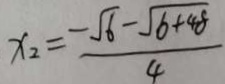
x _ { 2 } = \frac { - \sqrt { 6 } - \sqrt { 6 + 4 8 } } { 4 }